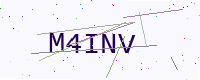
Text: M4INV